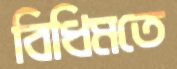
বিধিমতে